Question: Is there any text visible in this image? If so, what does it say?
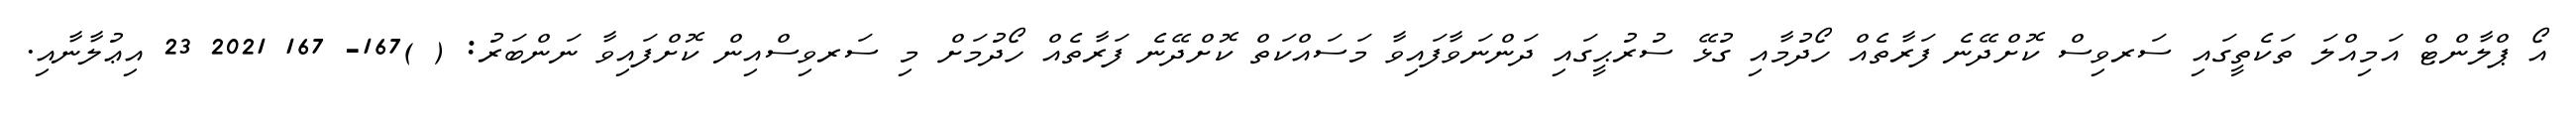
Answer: އޯ ޕްލާންޓް އަމިއްލަ ތަކެތީގައި ސަރވިސް ކޮށްދޭނެ ފަރާތެއް ހޯދުމާއި ގުޅޭ ސުރުޙީގައި ދަންނަވާފައިވާ މަސައްކަތް ކޮށްދޭނެ ފަރާތެއް ހޯދުމަށް މި ސަރވިސްއިން ކޮށްފައިވާ ނަންބަރު: ( )167- 167 2021 23 އިޢުލާނާއި.